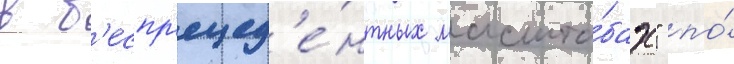
в б'еспр'ецед'е́нтных масшта́бах" по́